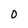
Character: O